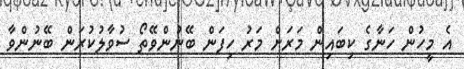
އެ މީހުން ހަނާގެ ކިބައިން މަރަށް މަރު ހިފަން ބޭނުންވޭތޯ ސުވާލުކުރަން ބޭނުންވާ